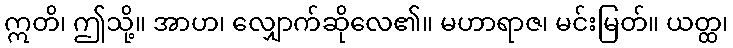
ဣတိ၊ ဤသို့။ အာဟ၊ လျှောက်ဆိုလေ၏။ မဟာရာဇ၊ မင်းမြတ်။ ယတ္ထ၊